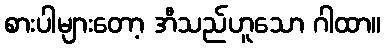
စားပါများတော့ အီသည်ဟူသော ဂါထာ။